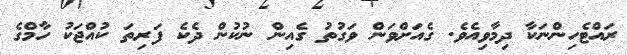
ރައްޓެހިންނަކާ ދިމާވިއެވެ. ގެއަށްވަން ވަގުތު ގެއިން ނުކުން ދެކެ ފަރިތަ ކުއްޖަކު ހާމްގެ